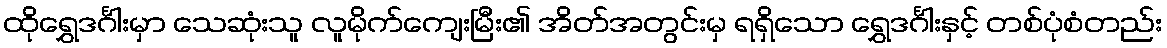
ထိုရွှေဒင်္ဂါးမှာ သေဆုံးသူ လူမိုက်ကျေးမြီး၏ အိတ်အတွင်းမှ ရရှိသော ရွှေဒင်္ဂါးနှင့် တစ်ပုံစံတည်း